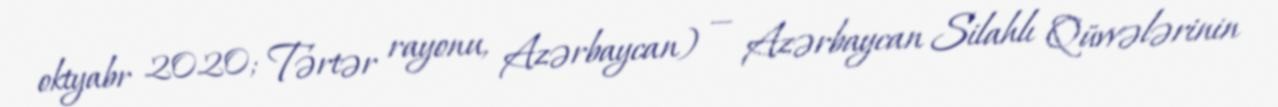
oktyabr 2020; Tərtər rayonu, Azərbaycan) — Azərbaycan Silahlı Qüvvələrinin